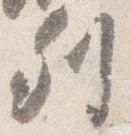
列